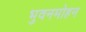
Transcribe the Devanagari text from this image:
भुवनमोहन